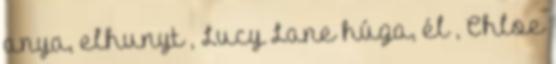
anya, elhunyt , Lucy Lane húga, él , Chloe